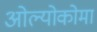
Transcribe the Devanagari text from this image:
ओल्योकोमा